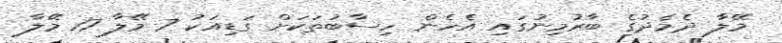
މޭލާ ދެމެދުގެ ބާރުމިނުގައި އެހެން ހިސާބުތަކަށް ގަޑިއަކު 7 މޭލާ 17 މޭލާ